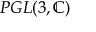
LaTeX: P G L ( 3 , \mathbb { C } )